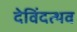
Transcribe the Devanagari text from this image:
देविंदत्थव